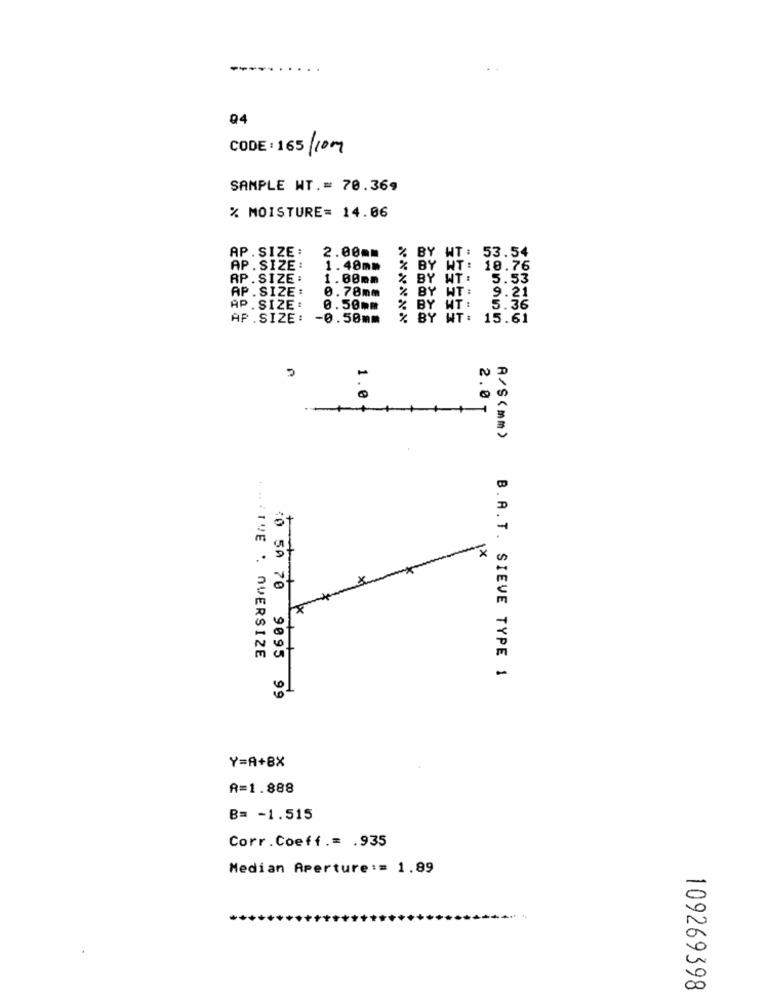
04
CODE: 165 /10 mg
SAMPLE NT .= 70.369
% MOISTURE= 14.06
AP. SIZE :
2.00mm
% BY WT: 53.54
AP. SIZE:
1.49mm
% BY WT:
18.76
AP. SIZE:
1.00mm
% BY WT:
5.53
AP.SIZE :
% BY WT: 9.21
0.78mm
AP.SIZE:
0.50mm
% BY WT:
5.36
AP.SIZE:
-0.50mm
% BY WT: 15.61
N
1.0f
2.0 T
A/S(mm)
1X
×
x
... TIVE . OVERSIZE
B.A.T. SIEVE TYPE 1
0 50 70 9895 99
Y=A+8X
A=1.888
B= - 1.515
Corr.Coeff .= . 935
Median Aperture := 1.89
109269398